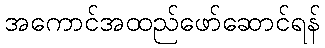
အကောင်အထည်ဖော်ဆောင်ရန်